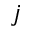
j